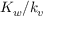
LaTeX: K _ { w } / k _ { v }